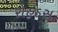
રોહડસ